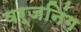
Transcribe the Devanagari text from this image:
वर्जनिंग